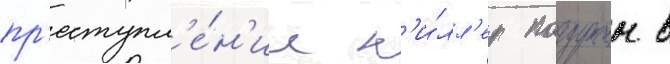
пр'еступл'е́н'ие к'и́лл'ер погружен в